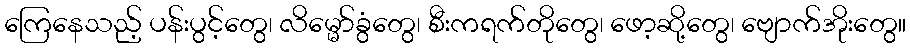
ကြေနေသည့် ပန်းပွင့်တွေ၊ လိမ္မော်ခွံတွေ၊ စီးကရက်တိုတွေ၊ ဖော့ဆို့တွေ၊ ဗျောက်အိုးတွေ။